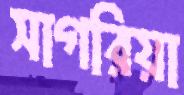
সাগরিয়া